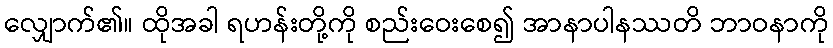
လျှောက်၏။ ထိုအခါ ရဟန်းတို့ကို စည်းဝေးစေ၍ အာနာပါနဿတိ ဘာဝနာကို